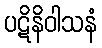
ပဋိနိဝါသနံ